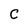
Character: C